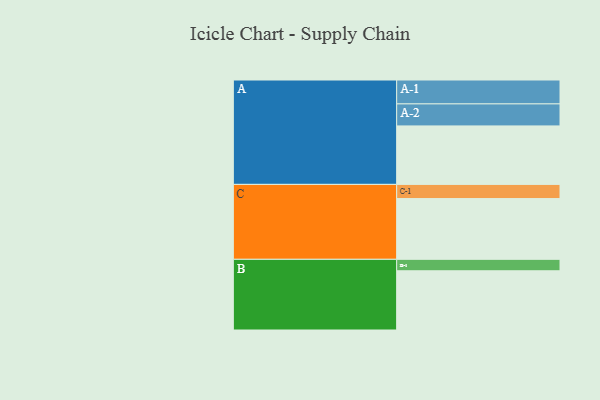
{"axis": {"x": "Segment", "y": "Value"}, "legend": ["", "A", "B", "C"], "data": [{"x": "A", "y": 470, "type": ""}, {"x": "B", "y": 476, "type": ""}, {"x": "C", "y": 488, "type": ""}, {"x": "A-1", "y": 192, "type": "A"}, {"x": "A-2", "y": 177, "type": "A"}, {"x": "B-1", "y": 92, "type": "B"}, {"x": "C-1", "y": 114, "type": "C"}]}